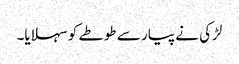
لڑکی نے پیار سے طوطے کو سہلایا۔